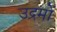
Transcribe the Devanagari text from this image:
उद्रमों